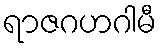
ရာဇဂဟဂါမီ